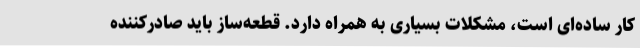
کار ساده‌ای است، مشکلات بسیاری به همراه دارد. قطعه‌ساز باید صادرکننده